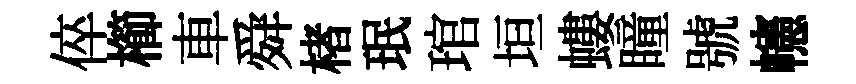
倅櫛車舜楮珉琯垣螻瞳號幰